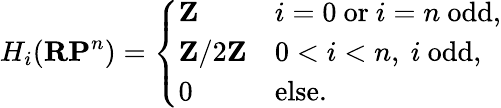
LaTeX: H_{i}(\mathbf{RP}^{n})={\left\{ \begin{array}{ll}{\mathbf{Z}}&{i=0{\mathrm{~or~}}i=n{\mathrm{~odd,}}}\\ {\mathbf{Z}/2\mathbf{Z}}&{0<i<n,\ i\ {\mathrm{odd,}}}\\ {0}&{{\mathrm{else.}}}\end{array}\right.}